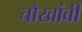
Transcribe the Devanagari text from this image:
चौखांबी